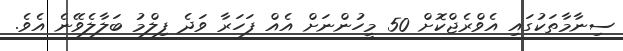
ސިނާމާތަކުގައި އެވްރެޖްކޮށް 50 މީހުންނަށް އެއް ފަހަރާ ވަދެ ފިލްމު ބަލާލެވޭނެ އެވެ.